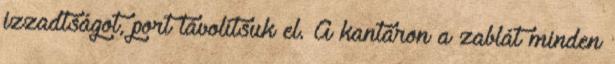
izzadtságot, port távolítsuk el. A kantáron a zablát minden